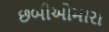
છબીઓમારા